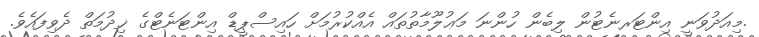
.މިއަދުވަނީ އިންޓަރނެޓުން ލިބެން ހުންނަ މަޢުލޫމާތުތައް އެއްކުރުމަށް ހައިސްޕީޑް އިންޓަނެޓްގެ ޚިދުމަތް ދެވިފައެވެ.